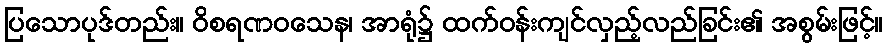
ပြသောပုဒ်တည်း။ ဝိစရဏဝသေန၊ အာရုံ၌ ထက်ဝန်းကျင်လှည့်လည်ခြင်း၏ အစွမ်းဖြင့်။